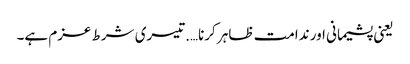
یعنی پشیمانی اور ندامت ظاہر کرنا….تیسری شرط عزم ہے۔